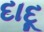
દાદૂ